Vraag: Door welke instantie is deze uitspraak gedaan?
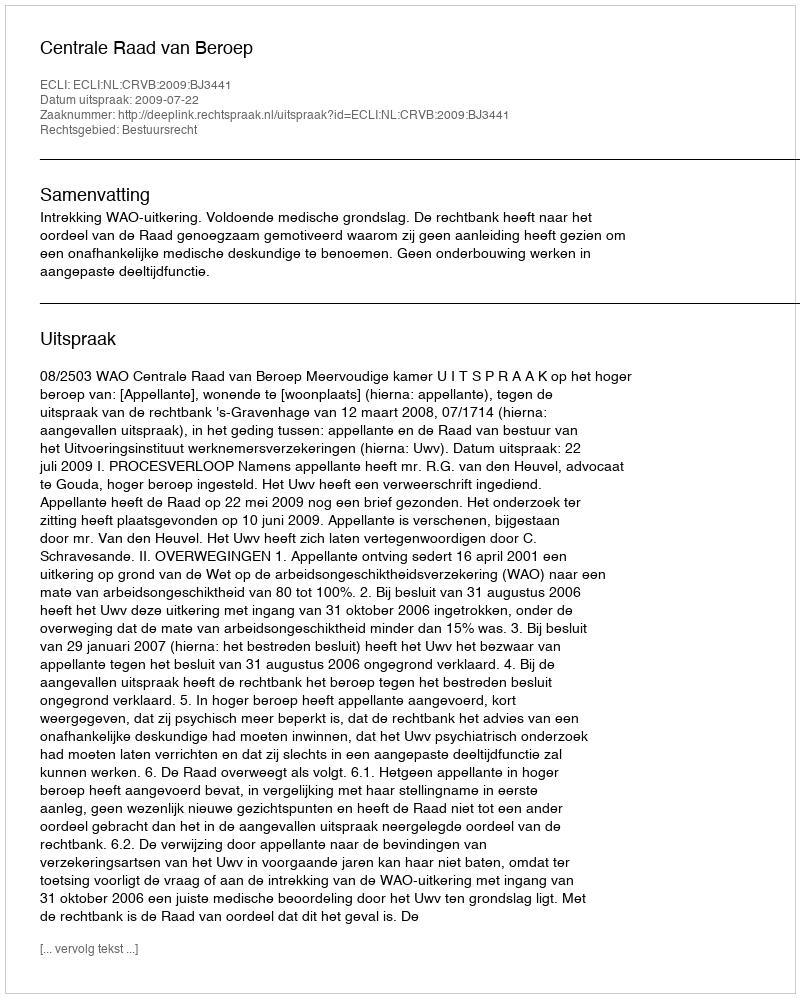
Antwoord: Centrale Raad van Beroep